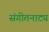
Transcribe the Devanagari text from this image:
संगीतनाट्य